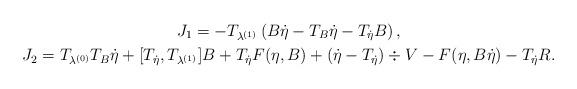
LaTeX: \begin{gather*}J_1=-T_{\lambda^{(1)}}\left(B\dot\eta-T_B\dot\eta-T_{\dot\eta}B\right),\\J_2=T_{\lambda^{(0)}}T_B\dot\eta+[T_{\dot\eta}, T_{\lambda^{(1)}}]B+T_{\dot\eta}F(\eta, B)+(\dot\eta-T_{\dot\eta})\div V-F(\eta, B\dot\eta)-T_{\dot\eta}R.\end{gather*}